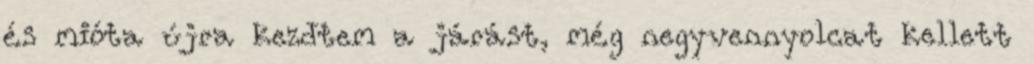
és mióta újra kezdtem a járást, még negyvennyolcat kellett